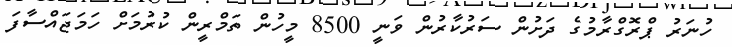
ހުނަރު ޕްރޮގްރާމުގެ ދަށުން ސަރުކާރުން ވަނީ 8500 މީހުން ތަމްރީން ކުރުމަށް ހަމަޖައްސާފަ